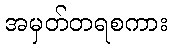
အမှတ်တရစကား